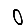
Digit: 0